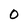
Character: 0